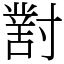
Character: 𡭊